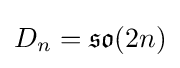
D_{n}={\mathfrak {so}}(2n)